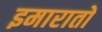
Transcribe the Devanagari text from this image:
इमारातों